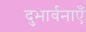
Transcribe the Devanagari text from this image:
दुभार्वनाएँ